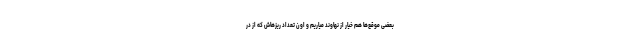
بعضی موقع‌ها هم خیار از نهاوند میاریم و اون تعداد ریزهاش که از در